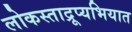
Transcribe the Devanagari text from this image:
लोकस्ताद्रूप्यभियात